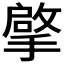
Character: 𮲒